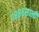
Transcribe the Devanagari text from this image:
१८८६साली